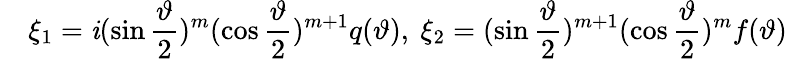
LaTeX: \quad\xi_{1}=\mathit{i}(\sin\frac{\vartheta}{2})^{m}(\cos\frac{\vartheta}{2})^{m+1}q(\vartheta),\ \xi_{2}=(\sin\frac{\vartheta}{2})^{m+1}(\cos\frac{\vartheta}{2})^{m}f(\vartheta)